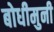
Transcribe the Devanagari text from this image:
बोधीमुनी